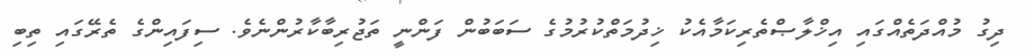
ދިގު މުއްދަތެއްގައި އިޚްލާޞްތެރިކަމާއެކު ޚިދުމަތްކުރުމުގެ ސަބަބުން ފަންނީ ތަޖުރިބާކާރުންނެވެ. ސިފައިންގެ ތެރޭގައި ތިބި